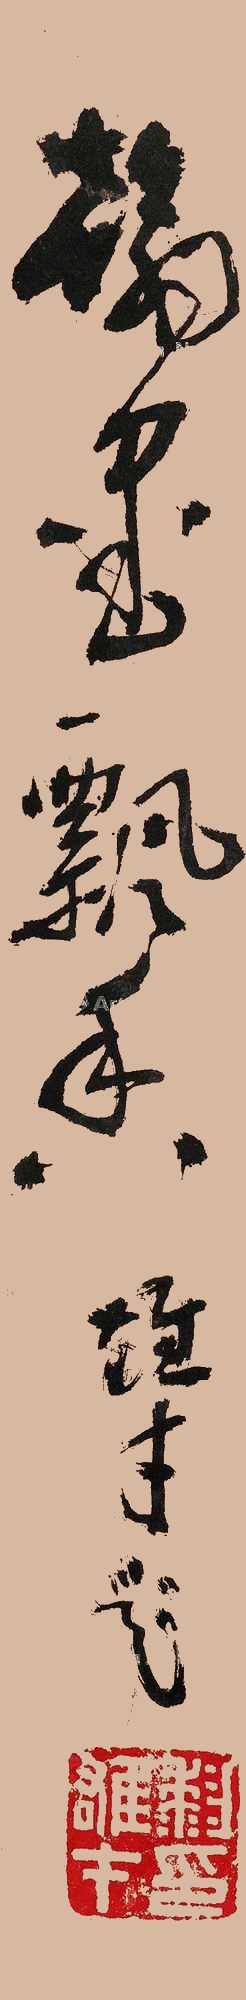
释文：翰墨飘香。雄才题。